342_HS1-416511228_319.1 Flying Discs 1949
Agency: Department of War
Incident date: 1/9/50
Page 97
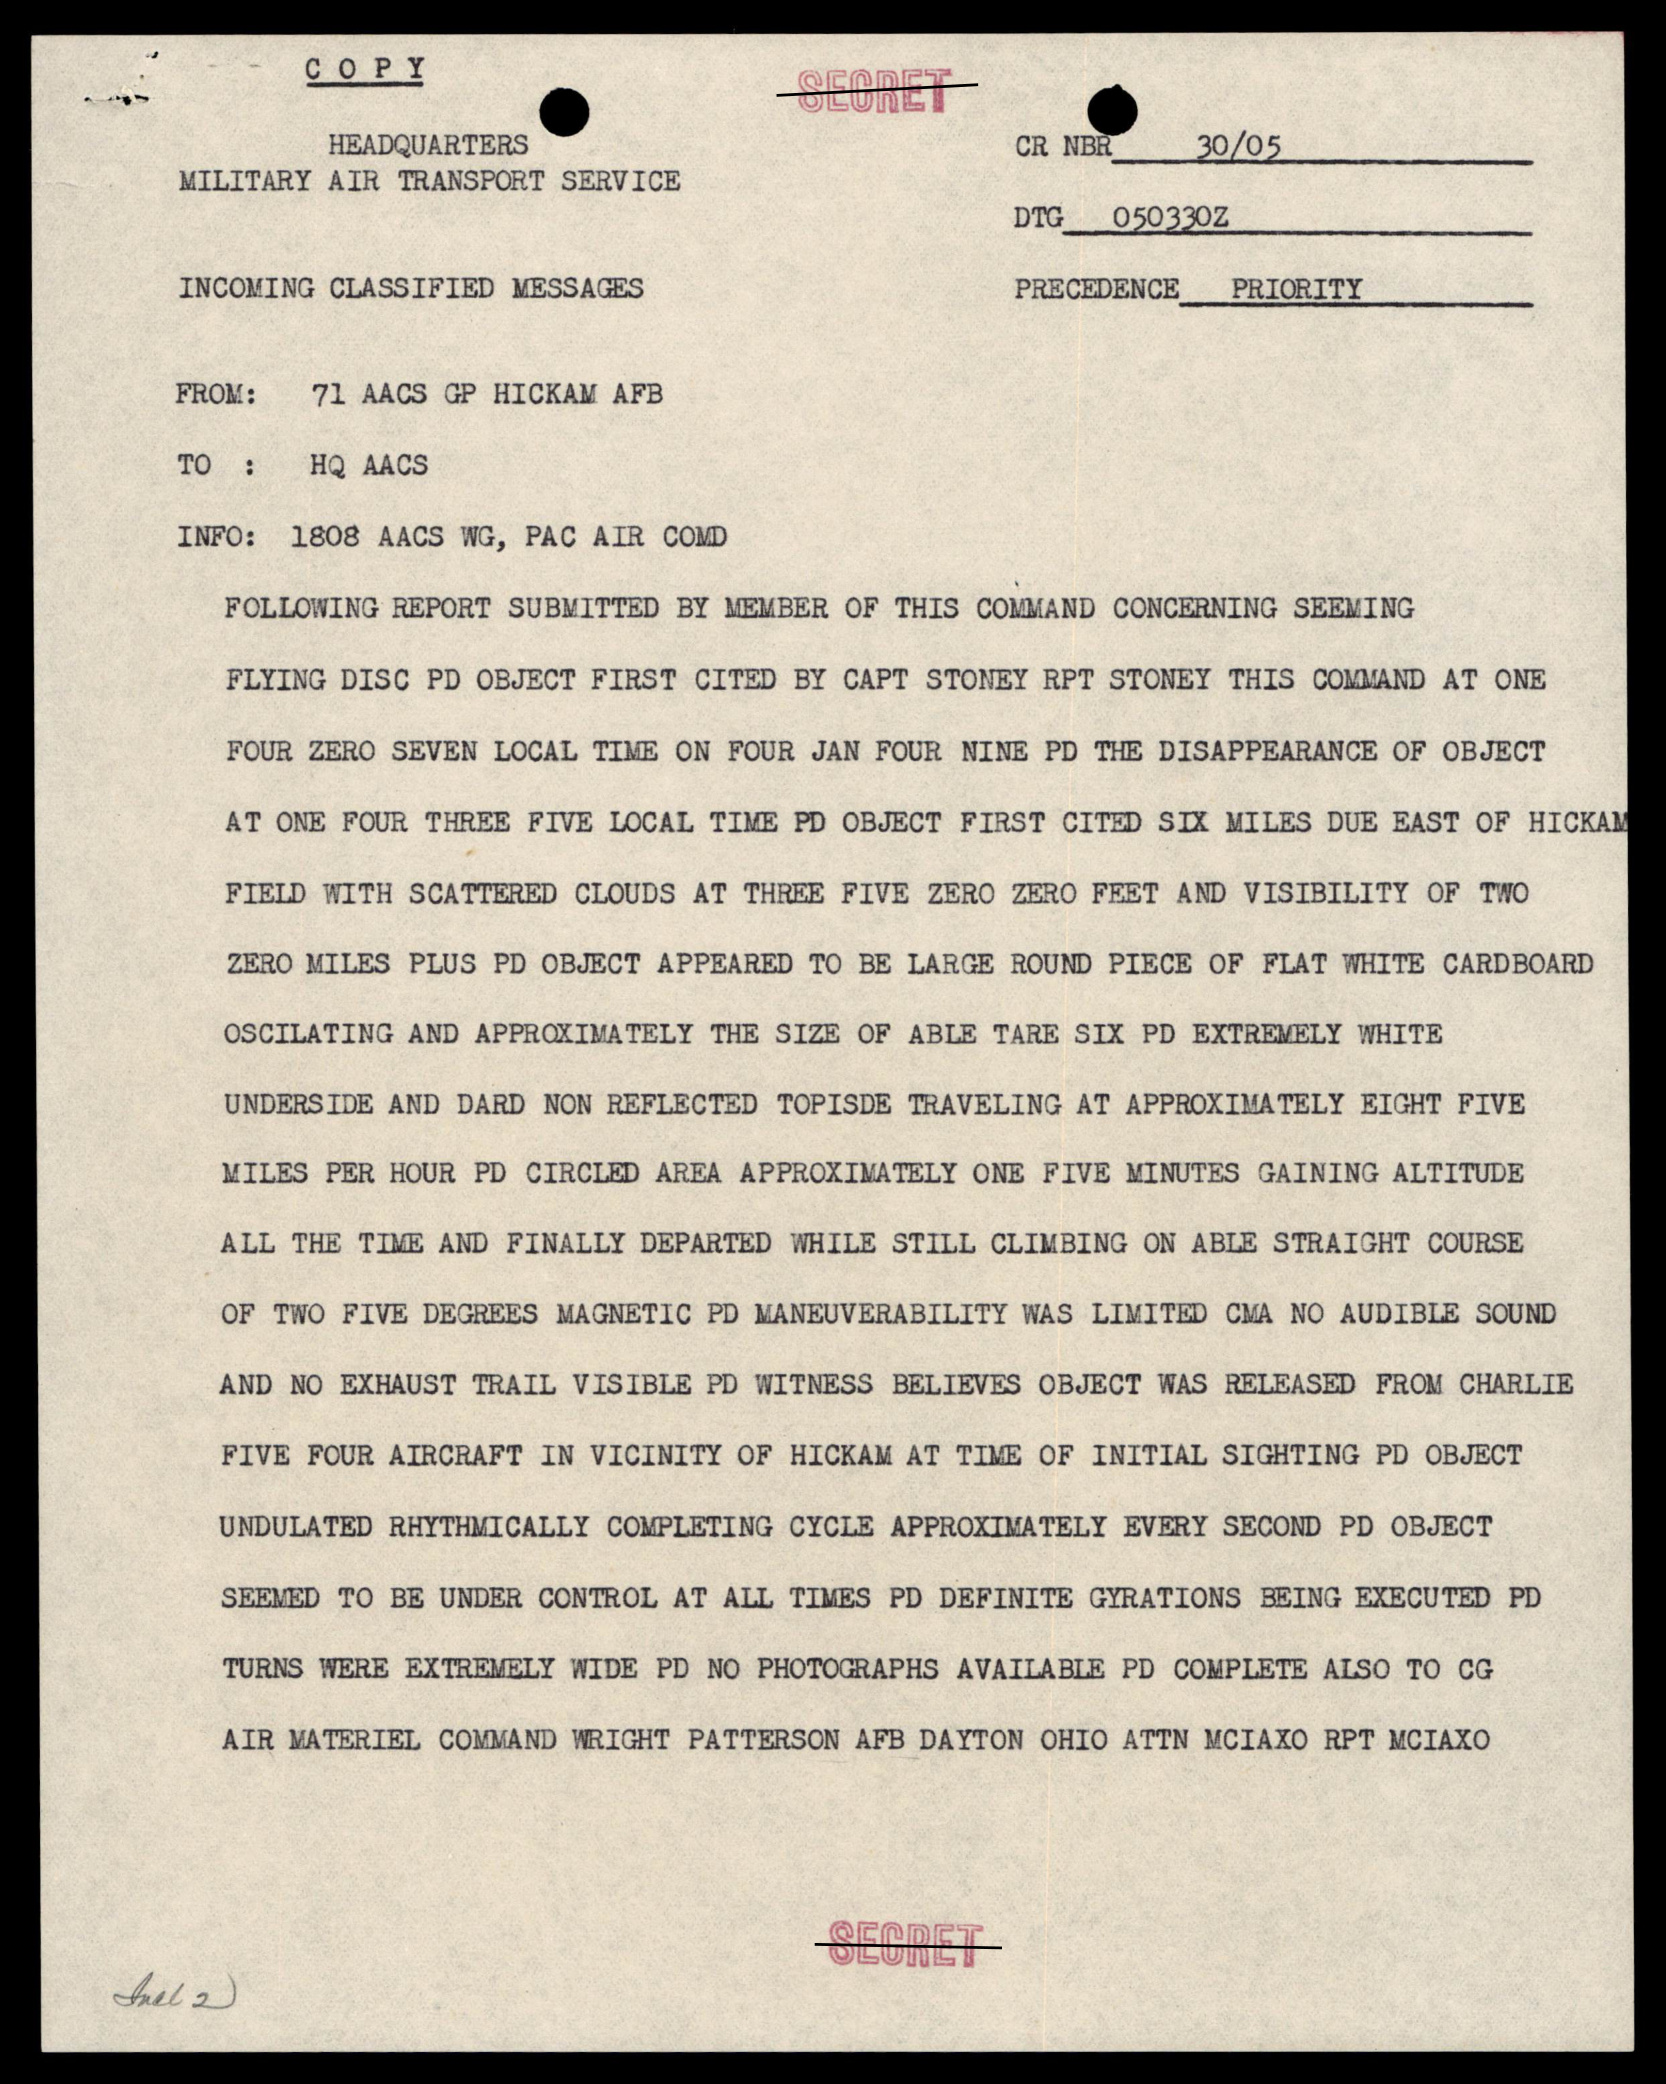